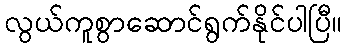
လွယ်ကူစွာဆောင်ရွက်နိုင်ပါပြီ။